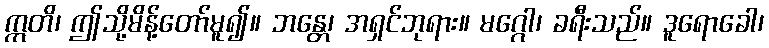
ဣတိ၊ ဤသို့မိန့်တော်မူ၍။ ဘန္တေ၊ အရှင်ဘုရား။ မဂ္ဂေါ၊ ခရီးသည်။ ဒူရောခေါ၊